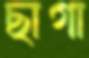
ছাগা